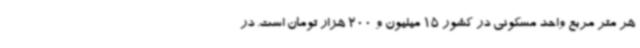
هر متر مربع واحد مسکونی در کشور 15 میلیون و 200 هزار تومان است. در